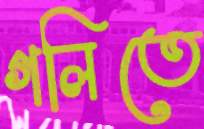
গলিতে